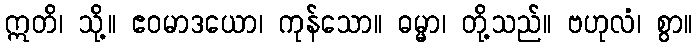
ဣတိ၊ သို့။ ဧဝမာဒယော၊ ကုန်သော။ ဓမ္မာ၊ တို့သည်။ ဗဟုလံ၊ စွာ။